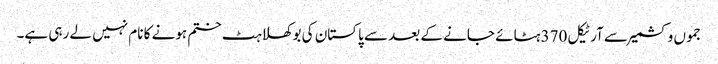
جموں وکشمیر سے آرٹیکل 370 ہٹائے جانے کے بعد سے پاکستان کی بوکھلاہٹ ختم ہونے کا نام نہیں لے رہی ہے۔